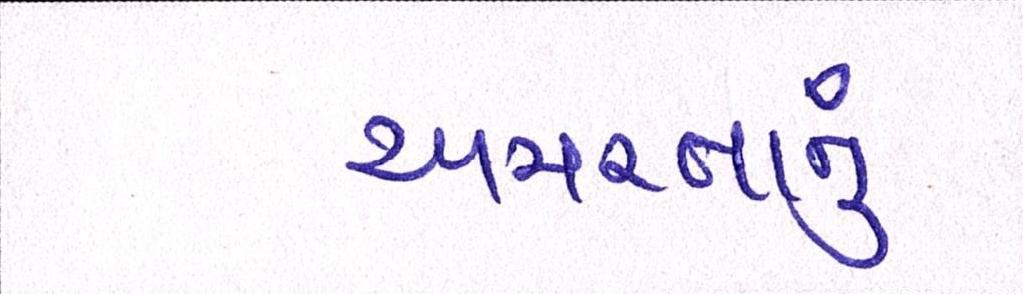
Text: અમરતાનું